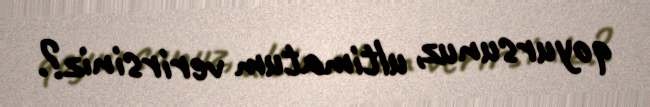
qoyursunuz, ultimatum verirsiniz?.